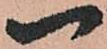
一